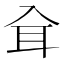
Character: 𦔵